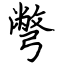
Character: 彆